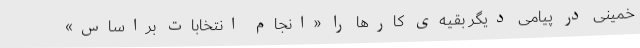
خمینی‌ در پیامی‌ دیگر بقیه‌ی‌ کارها را «انجام ‌انتخابات‌ براساس‌»